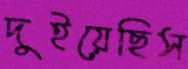
দুইয়েছিস